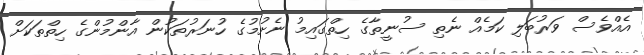
އެއްވެސް ވަރުބަލި ކަމެއް ނެތި ސުނީތާގެ ހިތްގައިމު ނެށުމުގެ ހުނަރުތަކުން އާންމުންގެ ހިތްތަކަށް